Civil Veterinary Department Bihar & Orissa reports 1929-36 - 1929-1936
Year: 1929
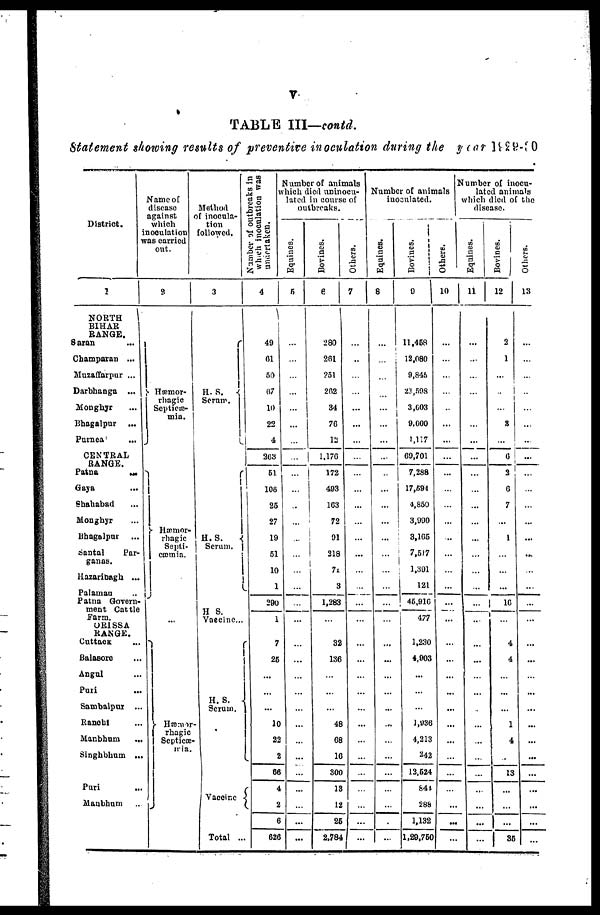
v
TABLE III—conld.
Statement showing results of preventive inoculation during the year 1929-30
District.
1
NORTH
BIHAR
RANGE.
Saran
Champaran ...
Muzaffarpur ...
Darbhanga ...
Monghyr ...
Bhagalpur
...
Purnea'
...
CENTRAL
RANGE
Patna
...
Gaya ...
Shahabad ...
Monghyr ...
Bhagalpur ...
Santal
Par-
ganas.
Hazaribagh ...
Pnlaman
Patna Govern-
ment Cattle
Farm. ORISSA
RANGE.
CuttacK
Balasore ...
Angul ...
Pari
Sambalpux ...
Ranchi
Manbhum
...
Singhbhum ...
Puri
...
Manbhum ...
Name of
discese
against
which
noeulation
as carried
out.
2
Hæmor-
rhagic
Septicæ-
mia.
Hæmor-
rhagie
Septi-
cæmia
Hæmor-
rhagic
Septicæ-
mia.
Method
of inocula-
tion
followed.
3
H. S.
Serum.
H.S.
Serum.
H S.
Vaccine...
H. S.
Serum.
Vaccine
Total ...
NUMBER OF OUTBREAKS IN
WHICH INOCULATION WAS
UNDERTAKEN.
4
49
61
50
67
10
22
4
263
51
106
25
27
19
51
10
1
290
1
7
26
...
...
...
10
22
2
66
4
2
6
626
Number of animals
which died nninocu-
lated in course of
outbreaks.
Equines.
5
...
...
...
...
...
...
...
...
...
...
...
...
...
...
...
...
...
...
...
...
...
...
...
...
...
...
...
...
...
...
...
Bovines.
6
280
261
251
262
34
76
12
1,176
172
493
163
72
91
218
71
3
1,283
...
32
136
...
...
...
48
68
16
300
13
12
25
2,784
Others.
7
...
...
...
...
...
...
...
...
...
...
...
...
...
...
...
....
...
...
...
...
...
...
...
...
...
...
...
...
...
...
Number of animals
inoculated.
Equines.
8
...
...
...
...
...
...
...
...
...
...
...
...
...
...
...
...
...
...
...
...
...
...
...
...
...
...
...
...
...
Bovines.
9
11,458
12,080
9,845
23,598
3,603
9,000
1,117
69,701
7,288
17,694
4,850
3,990
3,105
7,517
1,391
121
45,910
477
1,230
4,903
...
...
...
1,936
4,213
242
12,624
841
288
1,132
1,29,760
Others.
10
...
...
...
...
...
...
...
...
...
...
...
...
...
...
...
...
...
...
...
...
...
...
...
...
...
...
...
...
...
Nmber of inocu-
lated animals
which died of the
disease.
Equines.
11
...
...
...
...
...
...
...
...
...
...
...
...
...
...
...
...
...
...
...
...
...
...
...
...
...
...
...
...
...
...
...
Bovines.
12
2
1
...
...
...
3
..
6
2
6
7
...
1
...
...
...
16
...
4
4
..
...
...
...
4
...
13
...
...
...
35
Others.
13
...
...
...
...
...
...
...
...
...
...
...
...
...
...
...
...
...
...
...
...
...
...
...
...
...
...
...
...
...
...
...